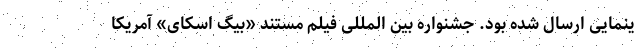
ینمایی ارسال شده بود. جشنواره بین المللی فیلم مستند «بیگ اسکای» آمریکا